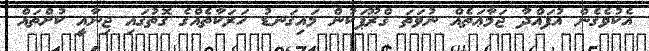
އެކުވެގެން އުފައްދާ ޖަމާޢަތެއް ނުވަތަ ގްރޫޕަކުން މައިގަނޑު ހަރަކާތެއްގެ ގޮތުގައި ޖިނާއީ ކުށްތައް